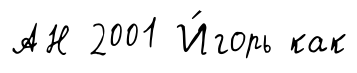
АН 2001 И́горь как